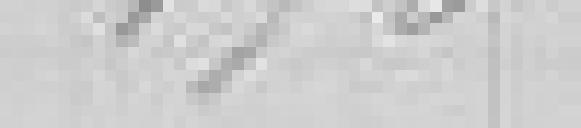
170